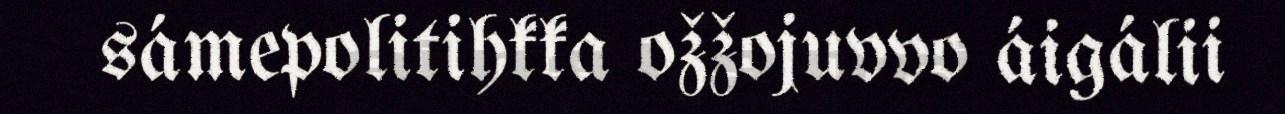
sámepolitihkka ožžojuvvo áigálii